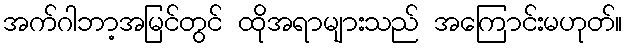
အက်ဂါဘာ့အမြင်တွင် ထိုအရာများသည် အကြောင်းမဟုတ်။